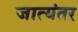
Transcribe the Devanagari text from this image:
जात्यंतर